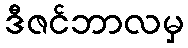
ဒီဇင်ဘာလမှ